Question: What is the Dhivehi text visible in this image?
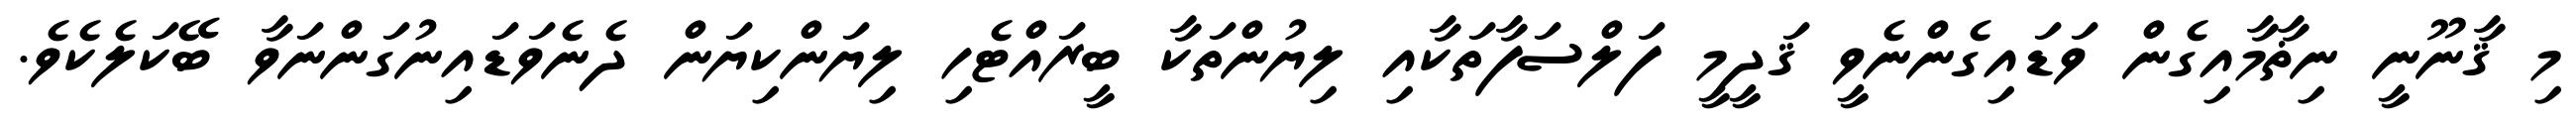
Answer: މި ޤާނޫނީ ނިޡާމާއިގެން ވަޑައިގެންނެވީ ޤަދީމީ ފަލްސަފާތަކާއި ލިޔުންތަކާ ބީރައްޓެހި ލިޔަންކިޔަން ދެނެވަޑައިނުގަންނަވާ ބޭކަލެކެވެ.